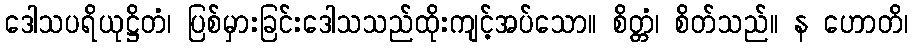
ဒေါသပရိယုဋ္ဌိတံ၊ ပြစ်မှားခြင်းဒေါသသည်ထိုးကျင့်အပ်သော။ စိတ္တံ၊ စိတ်သည်။ န ဟောတိ၊